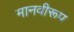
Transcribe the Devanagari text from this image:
मानवीरूप